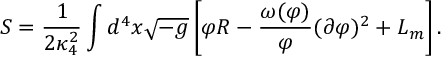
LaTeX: S = \frac { 1 } { 2 \kappa _ { 4 } ^ { 2 } } \int d ^ { 4 } x \sqrt { - g } \left[ \varphi R - \frac { \omega ( \varphi ) } { \varphi } ( \partial \varphi ) ^ { 2 } + { \cal L } _ { m } \right] .